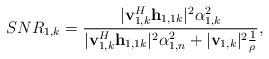
LaTeX: \begin{align*}&SNR_{1,k} = \frac{|\mathbf{v}_{1,k}^H\mathbf{h}_{1,1k}|^2 \alpha_{1,k}^2 }{ |\mathbf{v}_{1,k}^H\mathbf{h}_{1,1k}|^2 \alpha_{1,n}^2 + |\mathbf{v}_{1,k}|^2 \frac{1}{\rho}},\end{align*}